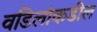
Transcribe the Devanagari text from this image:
वडिलांकडील